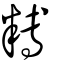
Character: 糐